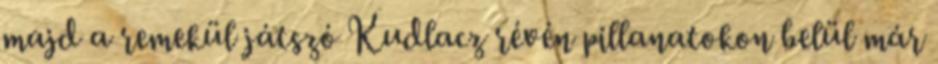
majd a remekül játszó Kudlacz révén pillanatokon belül már